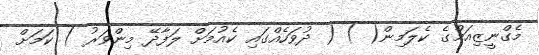
މެގްނީޒިއަމްގެ ކެލަމިން( ) ( ދުވަހެއްގައި ކެއުމަށް ލަފާދޭ މިންވަރު ) ކަމަށް